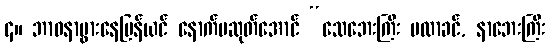
၄။ ဘာဝနာပွားနေပြန်ယင် နောက်မဆုတ်အောင် “သေဘေးကြီး မလာခင်, နာဘေးကြီး